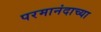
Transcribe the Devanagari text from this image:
परमानंदाच्या